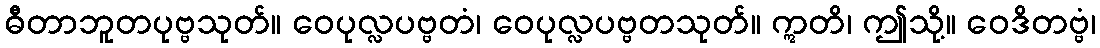
ဓီတာဘူတပုဗ္ဗသုတ်။ ဝေပုလ္လပဗ္ဗတံ၊ ဝေပုလ္လပဗ္ဗတသုတ်။ ဣတိ၊ ဤသို့။ ဝေဒိတဗ္ဗံ၊